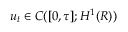
u _ { t } \in C ( [ 0 , \tau ] ; H ^ { 1 } ( R ) )